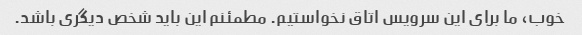
خوب، ما برای این سرویس اتاق نخواستیم. مطمئنم این باید شخص دیگری باشد.